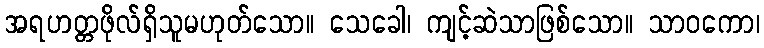
အရဟတ္တဖိုလ်ရှိသူမဟုတ်သော။ သေခေါ၊ ကျင့်ဆဲသာဖြစ်သော။ သာဝကော၊